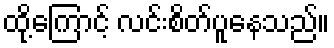
ထို့ကြောင့် လင်းစိတ်ပူနေသည်။